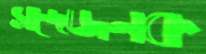
সন্দেজনক